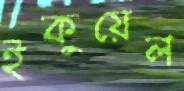
ইকুয়েল